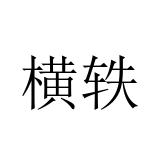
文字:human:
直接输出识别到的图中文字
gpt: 横轶